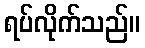
ရပ်လိုက်သည်။